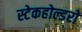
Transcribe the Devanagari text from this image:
स्टेकहोल्डरों